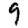
Digit: 9